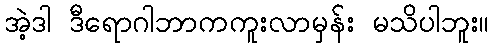
အဲ့ဒါ ဒီရောဂါဘာကကူးလာမှန်း မသိပါဘူး။